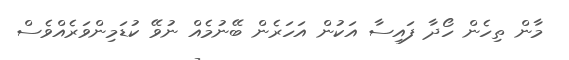
މާން ތިހެން ހޯދާ ފައިސާ އަކުން އަހަރެން ބޭނުމެއް ނުވޭ ކުޑަމިންވަރެއްވެސް